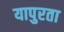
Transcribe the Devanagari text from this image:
यापुरता